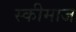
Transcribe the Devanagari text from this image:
स्कीमाज